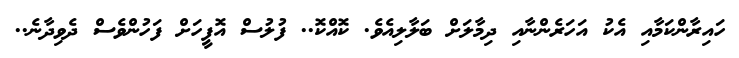
ހައިރާންކަމާއި އެކު އަހަރެންނާއި ދިމާލަށް ބަލާލިއެވެ. ކޮއްކޮ.. ފުލުސް އޮފީހަށް ފަހުންވެސް ދެވިދާނެ..